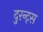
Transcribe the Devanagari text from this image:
दुरन्ट्स